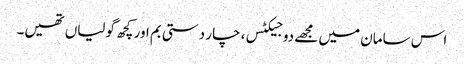
اس سامان میں مجھے دو جیکٹس، چار دستی بم اور کچھ گولیاں تھیں۔